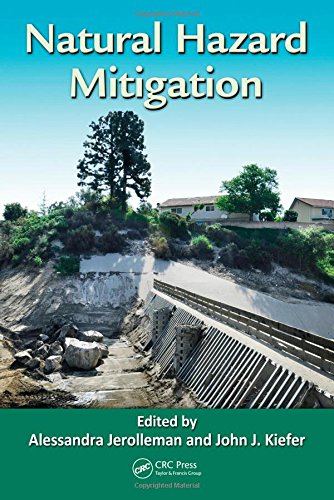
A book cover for Natural Hazard Mitigation; Politics & Social Sciences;